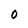
Character: O